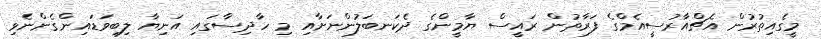
މީގެއިތުރުން އެޗްއާރުސީއެމްގެ ފަރާތުން ރައީސް ޔާމީންގެ ދެކަނބަލުންނަށާއި މި ހާދިސާގައި އަނިޔާ ލިބިވަޑައިންގެންނެވި